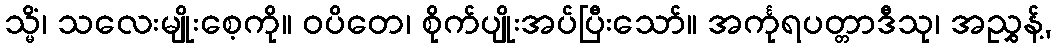
သ္မိံ၊ သလေးမျိုးစေ့ကို။ ဝပိတေ၊ စိုက်ပျိုးအပ်ပြီးသော်။ အင်္ကုရပတ္တာဒီသု၊ အညွှန့်,